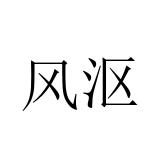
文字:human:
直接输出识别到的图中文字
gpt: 风沤